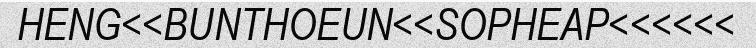
HENG<<BUNTHOEUN<<SOPHEAP<<<<<<